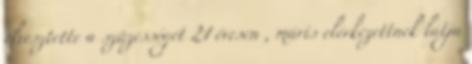
elvesztette a szüzességét 21 évesen , máris elérkezettnek látja